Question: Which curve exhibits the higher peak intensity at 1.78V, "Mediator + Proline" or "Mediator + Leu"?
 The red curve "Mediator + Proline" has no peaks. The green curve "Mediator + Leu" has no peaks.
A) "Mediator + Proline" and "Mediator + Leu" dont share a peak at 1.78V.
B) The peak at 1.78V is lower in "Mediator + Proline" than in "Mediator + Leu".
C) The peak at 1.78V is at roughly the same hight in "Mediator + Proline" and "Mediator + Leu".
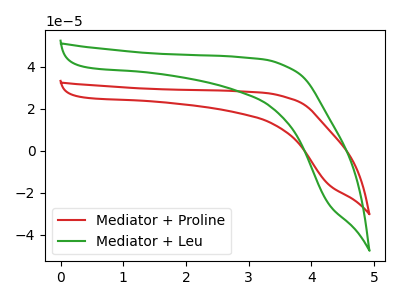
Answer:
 <answer>A) "Mediator + Proline" and "Mediator + Leu" dont share a peak at 1.78V.</answer>
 <eval>A</eval>